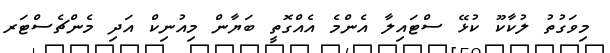
މިވަގުތު ލުކާކޫ ކުޅޭ ސްޓައިލާ އެންމެ އެއްގޮތީ ބަޔާން މިއުނިކް އަދި މެންޗެސްޓަރ